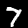
Digit: 7